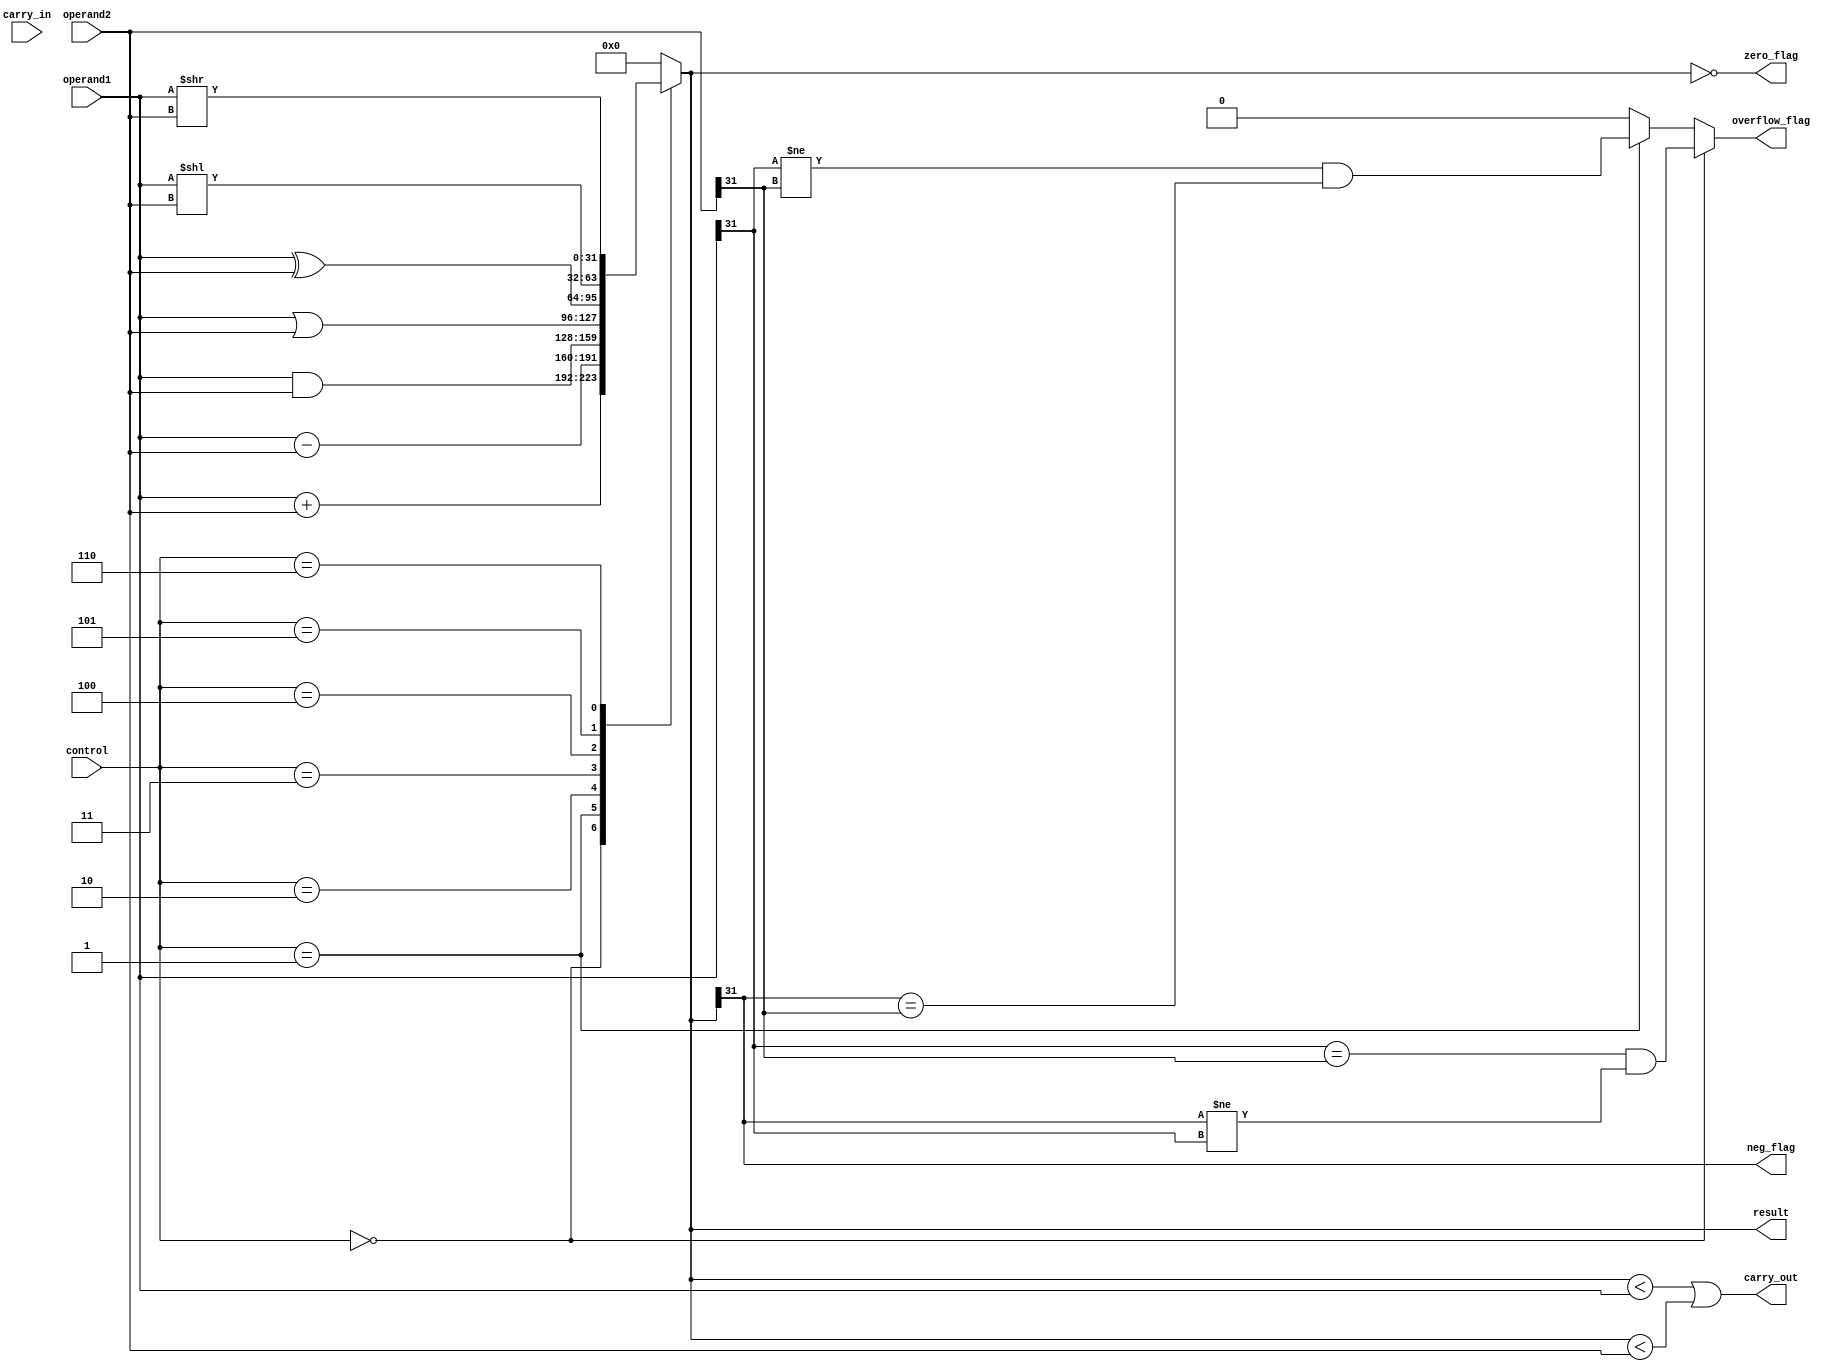
module ALU (
    input [31:0] operand1,
    input [31:0] operand2,
    input [2:0] control,
    input carry_in,
    output [31:0] result,
    output zero_flag,
    output neg_flag,
    output overflow_flag,
    output carry_out
);

reg [31:0] temp_result;
reg zero_flag, neg_flag, overflow_flag, carry_out;

always @(*) begin
    case(control)
        3'b000: temp_result = operand1 + operand2;
        3'b001: temp_result = operand1 - operand2;
        3'b010: temp_result = operand1 & operand2;
        3'b011: temp_result = operand1 | operand2;
        3'b100: temp_result = operand1 ^ operand2;
        3'b101: temp_result = operand1 << operand2;
        3'b110: temp_result = operand1 >> operand2;
        default: temp_result = 32'h0;
    endcase
    
    zero_flag = (temp_result == 32'h0);
    neg_flag = (temp_result[31] == 1);
    carry_out = (temp_result < operand1 || temp_result < operand2);
    if(control == 3'b000) begin
        overflow_flag = (operand1[31] == operand2[31] && temp_result[31] != operand1[31]);
    end else if(control == 3'b001) begin
        overflow_flag = (operand1[31] != operand2[31] && temp_result[31] == operand2[31]);
    end else begin
        overflow_flag = 1'b0;
    end
end

assign result = temp_result;

endmodule